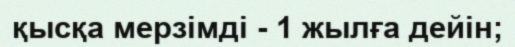
қысқа мерзімді - 1 жылға дейін;